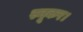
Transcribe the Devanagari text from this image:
स्नूकर।